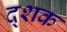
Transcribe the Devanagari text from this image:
द्शक